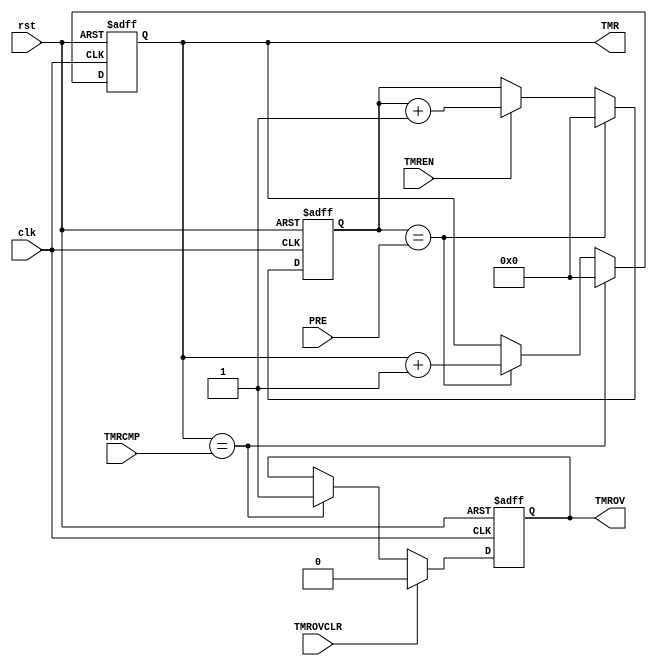
/*******************************************************************
 * Module: tmr_pwm.v
 * Project: Raptor
 * Description: The file contains:
 *				(1) A simple 32-bit timer with a prescalar
 *				(2) A simple 32-bit PWM controller
 *				(3)	A simple 32-bit WD Timer
 **********************************************************************/
/*
	A simple 32-bit timer
	TMR : 32-bit counter
	PRE: clock prescalar (tmer_clk = clk / (PRE+1))
	TMRCMP: Timer CMP register
	TMROV: Timer overflow (TMR>=TMRCMP)
	TMROVCLR: Control signal to clear the TMROV flag
*/

module TIMER32 (
		input wire clk,
		input wire rst,
		output reg [31:0] TMR,
		input wire [31:0] PRE,
		input wire [31:0] TMRCMP,
		output reg TMROV,
		input wire TMROVCLR,
		input wire TMREN
	);

	reg [31:0] 	clkdiv;
	wire 		timer_clk = (clkdiv==PRE) ;
	wire 		tmrov = (TMR == TMRCMP);

	// Prescalar
	always @(posedge clk or posedge rst)
	begin
		if(rst)
			clkdiv <= 32'd0;
		else if(timer_clk)
			clkdiv <= 32'd0;
		else if(TMREN)
			clkdiv <= clkdiv + 32'd1;
	end

	// Timer
	always @(posedge clk or posedge rst)
	begin
		if(rst)
			TMR <= 32'd0;
		else if(tmrov)
			TMR <= 32'd0;
		else if(timer_clk)
			TMR <= TMR + 32'd1;
	end

	always @(posedge clk or posedge rst)
	begin
		if(rst)
			TMROV <= 1'd0;
		else if(TMROVCLR)
			TMROV <= 1'd0;
		else if(tmrov)
			TMROV <= 1'd1;
	end

endmodule